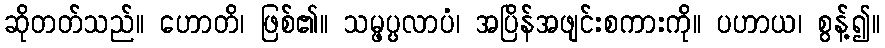
ဆိုတတ်သည်။ ဟောတိ၊ ဖြစ်၏။ သမ္ဖပ္ပလာပံ၊ အပြိန်အဖျင်းစကားကို။ ပဟာယ၊ စွန့်၍။